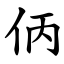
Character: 㑂